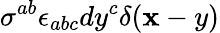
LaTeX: \sigma^{ab}\epsilon_{abc}dy^{c}\delta(\mathbf{x}-y)